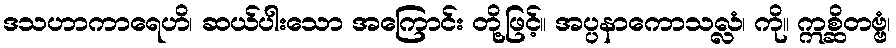
ဒသဟာကာရေဟိ၊ ဆယ်ပါးသော အကြောင်း တို့ဖြင့်။ အပ္ပနာကောသလ္လံ၊ ကို။ ဣစ္ဆိတဗ္ဗံ၊